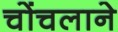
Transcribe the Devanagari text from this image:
चोंचलाने